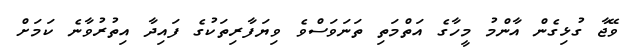
ވޭޖާ ގުޅިގެން އާންމު މީހާގެ އަތްމަތި ތަނަވަސްވެ ވިޔަފާރިތަކުގެ ފައިދާ އިތުރުވާނެ ކަމަށް